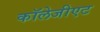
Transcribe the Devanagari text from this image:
कॉलेजीएट